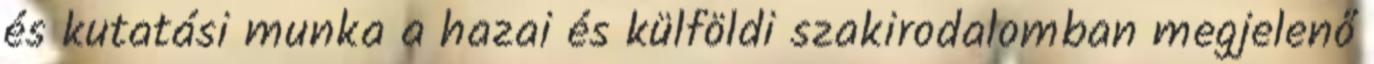
és kutatási munka a hazai és külföldi szakirodalomban megjelenő